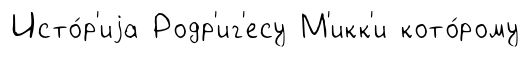
Исто́р'иjа Родр'иг'есу М'икк'и кото́рому